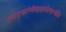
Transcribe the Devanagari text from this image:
तमोङ्कारेणैवायतनेनान्वेति